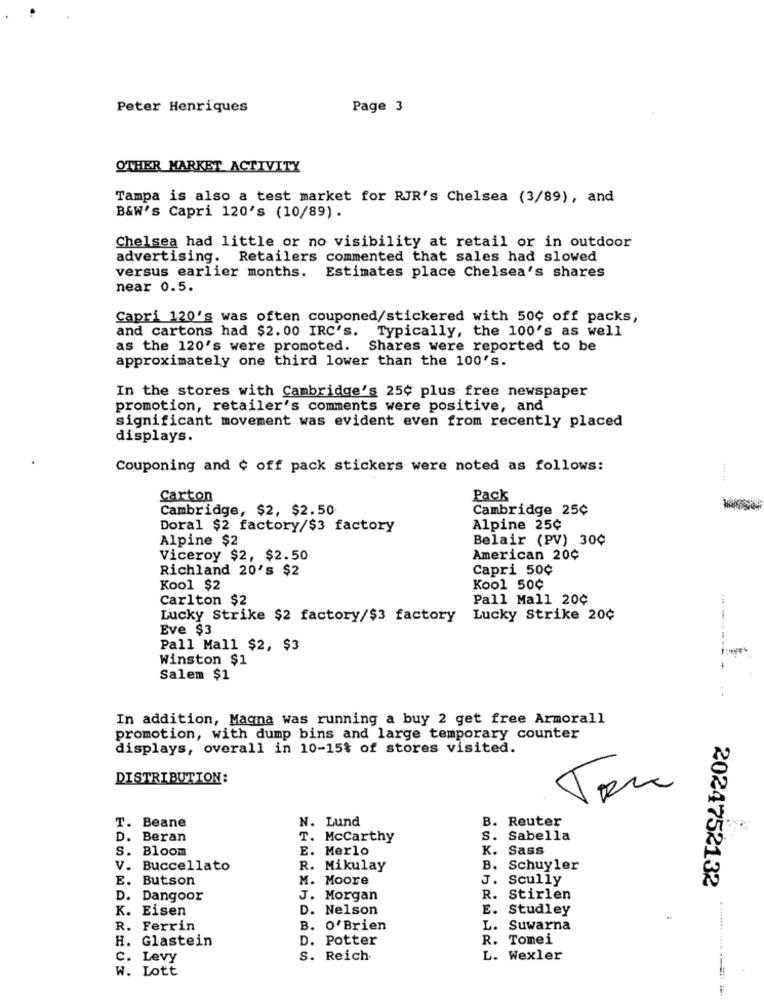
Peter Henriques
Page 3
OTHER MARKET ACTIVITY
Tampa is also a test market for RJR's Chelsea (3/89), and
B&W's Capri 120's (10/89).
Chelsea had little or no visibility at retail or in outdoor
advertising. Retailers commented that sales had slowed
versus earlier months.
Estimates place Chelsea's shares
near 0.5.
Capri 120's was often couponed/stickered with 50¢ off packs,
and cartons had $2. 00 IRC's.
Typically, the 100's as well
as the 120's were promoted. Shares were reported to be
approximately one third lower than the 100's.
In the stores with Cambridge's 25¢ plus free newspaper
promotion, retailer's comments were positive, and
significant movement was evident even from recently placed
displays.
Couponing and ¢ off pack stickers were noted as follows:
Carton
Pack
Cambridge, $2, $2.50
Cambridge 25¢
Doral $2 factory/$3 factory
Alpine 25¢
Alpine $2
Belair (PV) 30¢
Viceroy $2, $2.50
American 20¢
Richland 20's $2
Capri 50¢
Kool $2
Kool 50¢
Carlton $2
Pall Mall 20¢
Lucky Strike $2 factory/$3 factory
Lucky Strike 20¢
Eve $3
Pall Mall $2, $3
Winston $1
Salem $1
In addition, Magna was running a buy 2 get free Armorall
promotion, with dump bins and large temporary counter
displays, overall in 10-15% of stores visited.
DISTRIBUTION:
T. Beane
N. Lund
B. Reuter
D. Beran
T. Mccarthy
S. Sabella
S. Bloom
E. Merlo
K. Sass
V. Buccellato
R. Mikulay
B.
Schuyler
E. Butson
M. Moore
J. Scully
2024752132
D. Dangoor
J. Morgan
R. Stirlen
K. Eisen
D. Nelson
E. Studley
R. Ferrin
B. O'Brien
L. Suwarna
H. Glastein
D. Potter
R. Tomei
C. Levy
S. Reich
L. Wexler
W. Lott